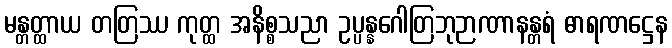
မန္တတ္ထာယ တတြဿ ကုတ္ထ အနိစ္စသညာ ဥပ္ပန္နဂေါတြဘုဉာဏာနန္တရံ ဓာရဏဋ္ဌေန